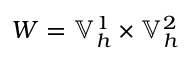
W = \mathbb { V } _ { h } ^ { 1 } \times \mathbb { V } _ { h } ^ { 2 }